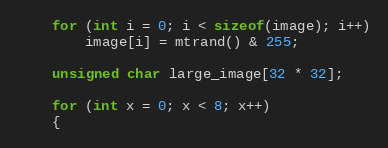
Language: C++
	for (int i = 0; i < sizeof(image); i++)
		image[i] = mtrand() & 255;

	unsigned char large_image[32 * 32];

	for (int x = 0; x < 8; x++)
	{